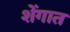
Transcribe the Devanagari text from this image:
शेंगात